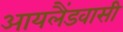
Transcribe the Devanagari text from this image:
आयलैंडवासी